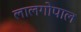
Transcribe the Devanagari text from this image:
लालगोपाल